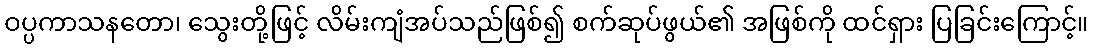
ဝပ္ပကာသနတော၊ သွေးတို့ဖြင့် လိမ်းကျံအပ်သည်ဖြစ်၍ စက်ဆုပ်ဖွယ်၏ အဖြစ်ကို ထင်ရှား ပြခြင်းကြောင့်။